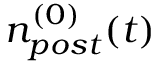
n _ { p o s t } ^ { ( 0 ) } ( t )